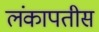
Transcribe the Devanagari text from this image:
लंकापतीस